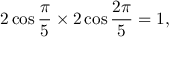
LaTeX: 2 \cos { \frac { \pi } { 5 } } \times 2 \cos { \frac { 2 \pi } { 5 } } = 1 ,